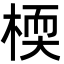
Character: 㮕